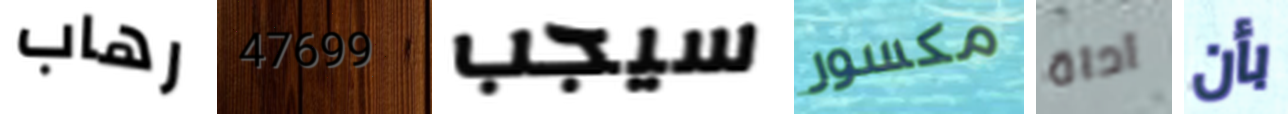
رهاب 47699 سيجب مكسور آداة بأن